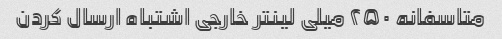
متاسفانه ۲۵۰ میلی لینتر خارجی اشتباه ارسال کردن